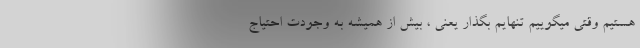
هستیم وقتی‌ میگوییم تنهایم بگذار یعنی‌ ، بیش از همیشه به وجودت احتیاج